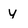
Character: Y